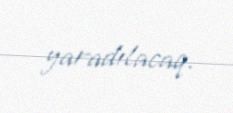
yaradılacaq.